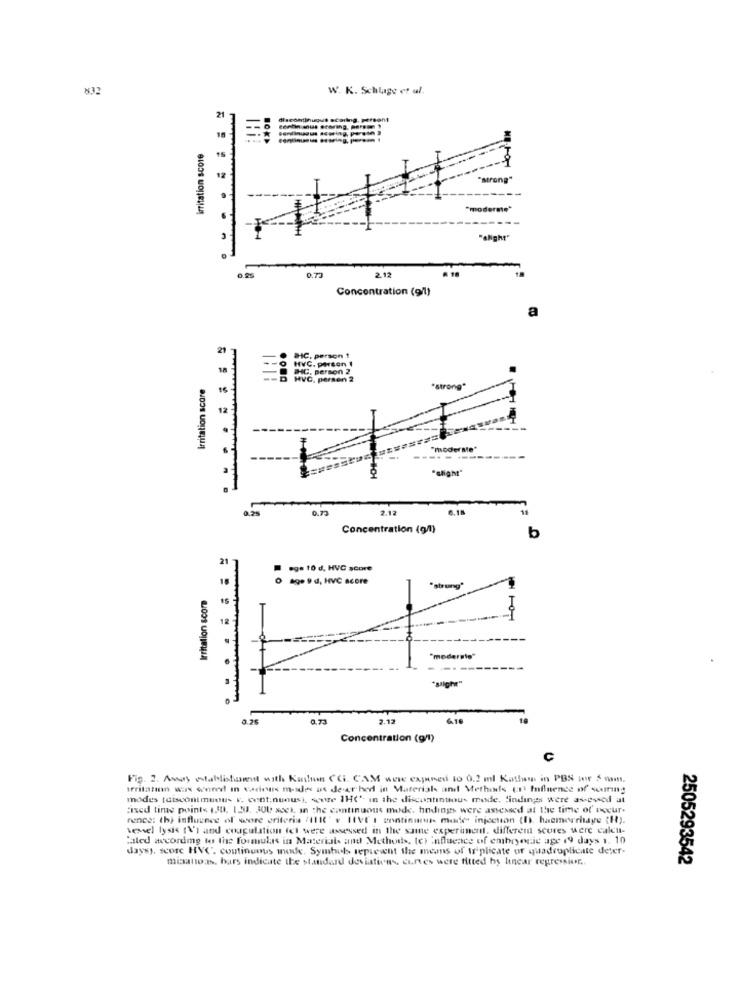
832
W. K. Schlage et al.
21
discontinuouit scaring. persont
Irritation score
12
voderme*
"alight"
2.12
0.25
0.73
Concentration (9/1)
21
BHC. person 1
PAG. person 2
Irritation score
person 2
"strong"
12
"ModerMe"
----------
"alight"
0.77
2.12
6.18
Concentration (g/l)
b
21
ege to d. HVC score
o age 9 d, HVC acore
"strung"
Irritation scor
-
"moderate"
"ssighe"
0.25
0.73
2.12
6.18
Concentration (g/l)
C
Fig. 2. Asay establistament with Kanton CGI. CAM were expenses 10 0.2 ml Kattam in PBS tor $ vomn.
Irritation was wonmed in various modes as de er hed in Materials and Methods (11 Influence of seuring
modes (discontinuous F. continuous), score 1H(" in the discontinuous mode, findings were avowed at
:ised time point< 130, 120. 300 xcet, in the continuous mode, hndings were assessed at the time of nocure
renee: th) influence of wore criteria (IIIl' v IlVE : continuou- made injection (I). haemorrhage (H).
wessel lysis (V') and coagulation fel were assessed in the same experiment. different scores were call-
"aled accordme to the formulas in Material and Methods, (c) influence of embryonic age 19 days 1. 10
daysy, score HVC'. continuous mode. Symbols represent the means of I' plicate of quadroplicate deter-
miaatto as, bars indicate the standard deviations, curves were fitted by linear regression ..
2505293542